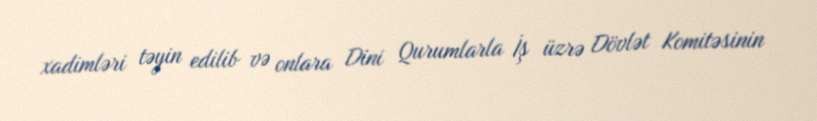
xadimləri təyin edilib və onlara Dini Qurumlarla İş üzrə Dövlət Komitəsinin